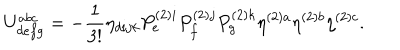
U _ { d e f g } ^ { a b c } = - \frac { 1 } { 3 ! } \eta _ { d i j k } P _ { e } ^ { ( 2 ) i } P _ { f } ^ { ( 2 ) j } P _ { g } ^ { ( 2 ) k } \eta ^ { ( 2 ) a } \eta ^ { ( 2 ) b } \eta ^ { ( 2 ) c } .